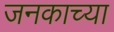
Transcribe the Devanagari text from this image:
जनकाच्या